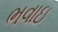
ભવાઇ